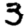
Digit: 3